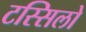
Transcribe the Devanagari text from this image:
टस्सिलो